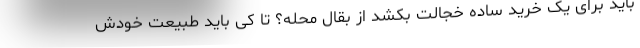
باید برای یک خرید ساده خجالت بکشد از بقال محله؟ تا کی باید طبیعت خودش